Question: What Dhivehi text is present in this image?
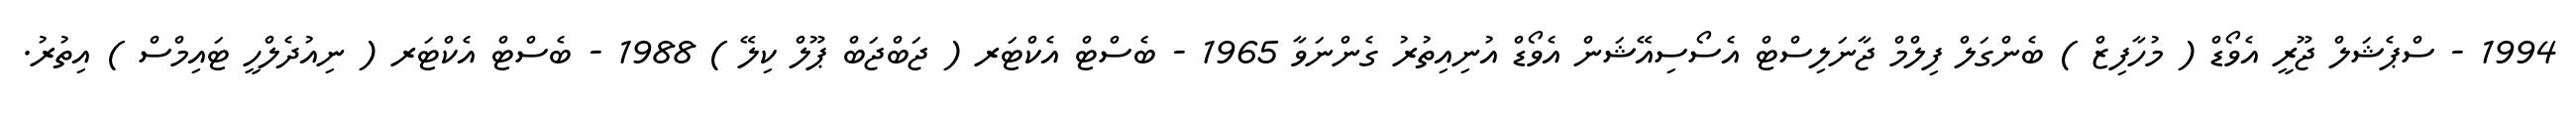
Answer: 1994 - ސްޕެޝަލް ޖޫރީ އެވޯޑް ( މުހާފިޒް ) ބެންގަލް ފިލްމް ޖާނަލިސްޓް އެސޯސިއޭޝަން އެވޯޑް އުނިއިތުރު ގެންނަވާ 1965 - ބެސްޓް އެކްޓަރ ( ޖަބްޖަބް ޕޫލް ކިލޭ ) 1988 - ބެސްޓް އެކްޓަރ ( ނިއުދެލްހީ ޓައިމްސް ) އިތުރު.